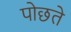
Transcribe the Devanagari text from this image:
पोछते